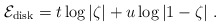
\begin{align*}{\cal E}_{\rm disk} = t \log \vert\zeta\vert + u \log\vert 1-\zeta\vert\ .\end{align*}